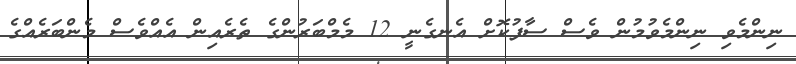
ނިންމެވި ނިންމެވުމުން ވެސް ސާފުކޮށް އެނގެނީ 12 މެމްބަރުންގެ ތެރެއިން އެއްވެސް މެންބަރެއްގެ